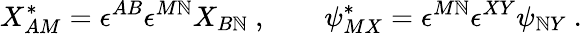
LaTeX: X_{AM}^{*}=\epsilon^{AB}\epsilon^{M\mathbb{N}}X_{B\mathbb{N}}\ ,\qquad\psi_{MX}^{*}=\epsilon^{M\mathbb{N}}\epsilon^{XY}\psi_{\mathbb{N}Y}\ .